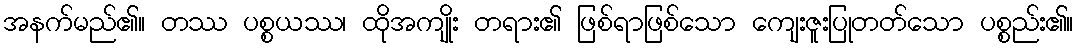
အနက်မည်၏။ တဿ ပစ္စယဿ၊ ထိုအကျိုး တရား၏ ဖြစ်ရာဖြစ်သော ကျေးဇူးပြုတတ်သော ပစ္စည်း၏။